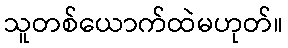
သူတစ်ယောက်ထဲမဟုတ်။